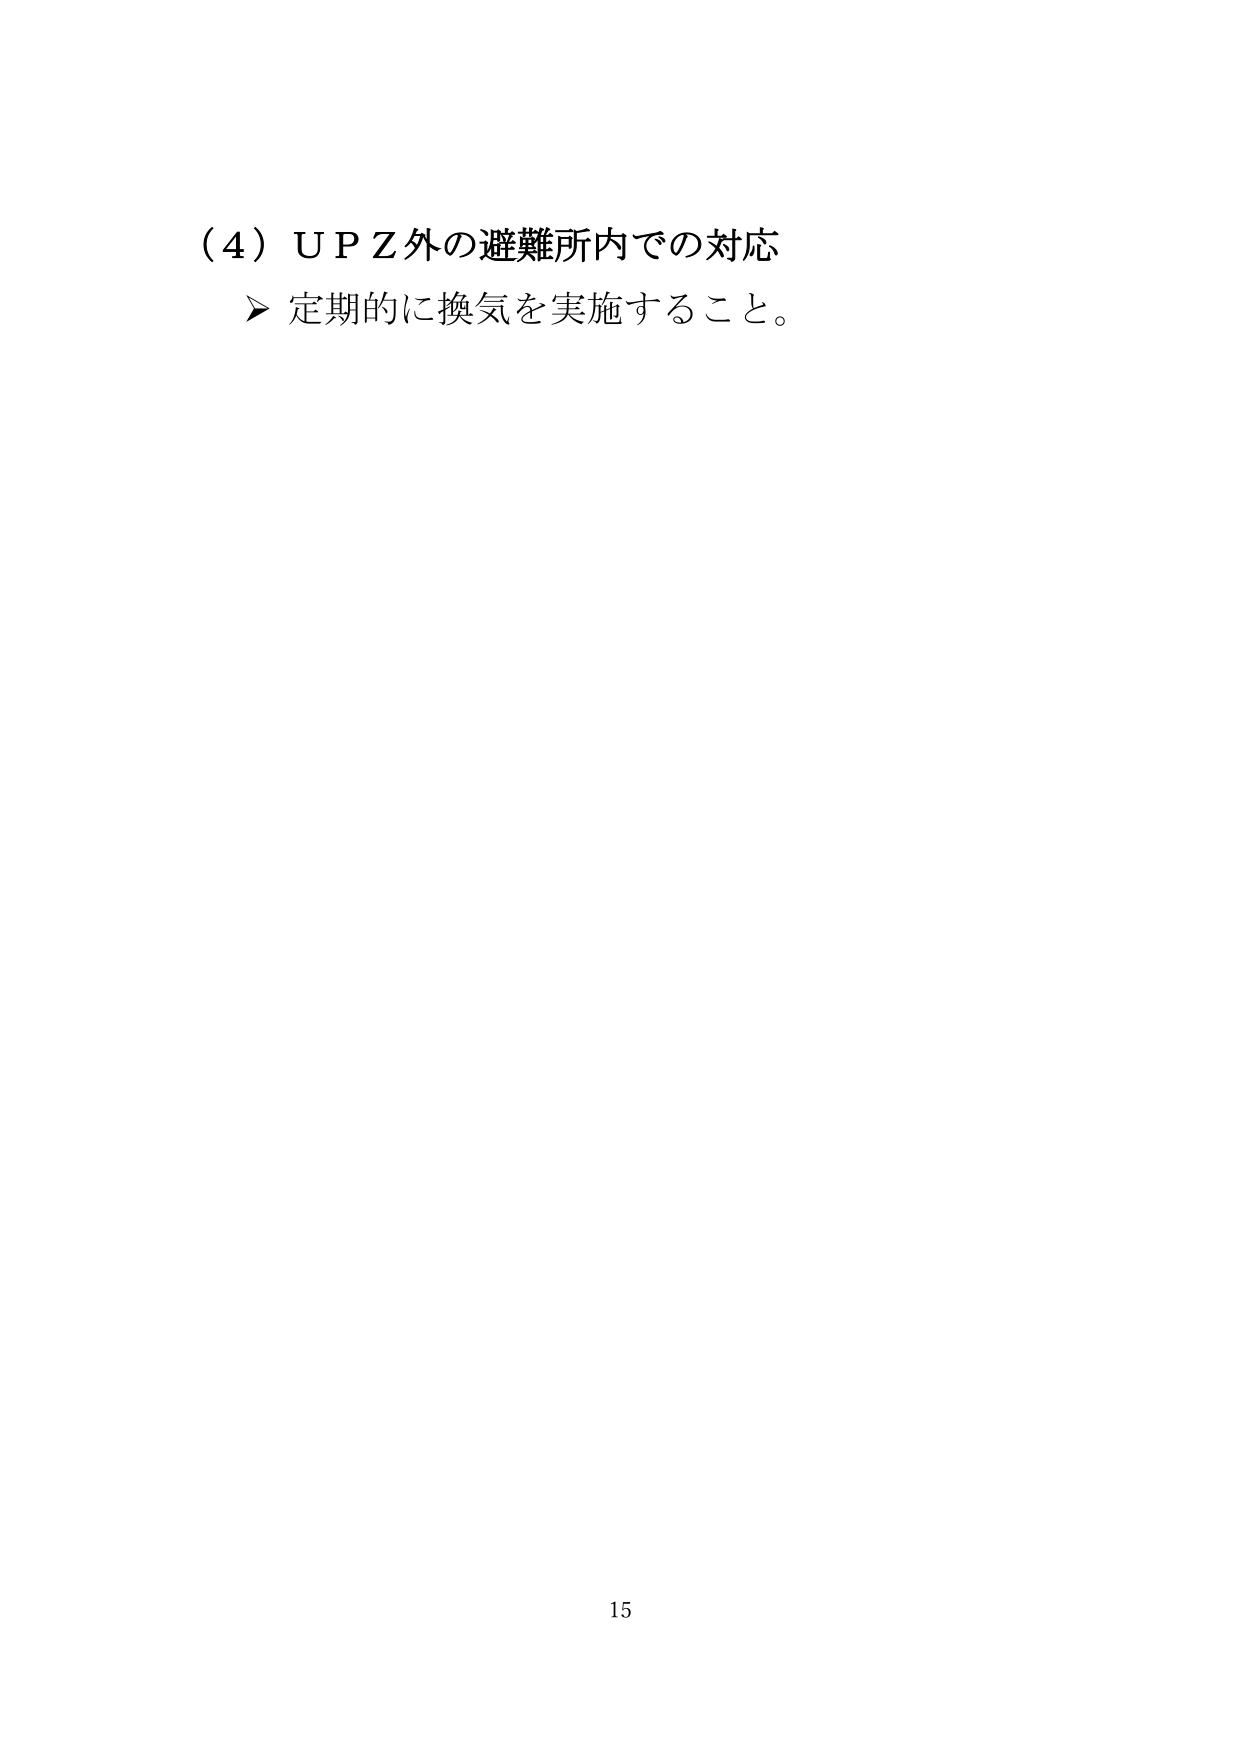
（4）ＵＰＺ外の避難所内での対応
➤ 定期的に換気を実施すること。
15